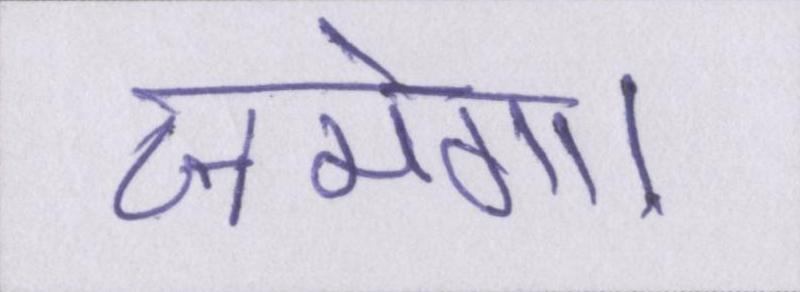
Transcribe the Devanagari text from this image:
जमेगा।